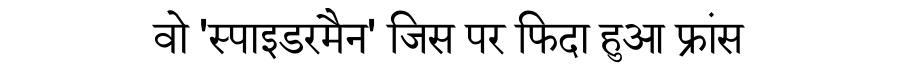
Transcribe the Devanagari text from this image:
वो 'स्पाइडरमैन' जिस पर फिदा हुआ फ्रांस